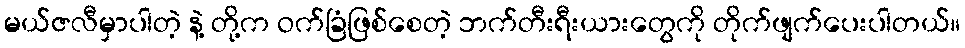
မယ်ဇလီမှာပါတဲ့ နဲ့ တို့က ဝက်ခြံဖြစ်စေတဲ့ ဘက်တီးရီးယားတွေကို တိုက်ဖျက်ပေးပါတယ်။